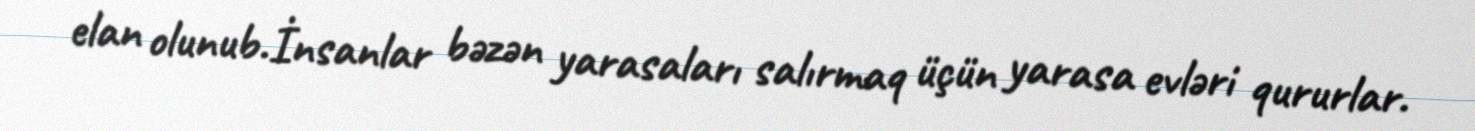
elan olunub.İnsanlar bəzən yarasaları salırmaq üçün yarasa evləri qururlar.